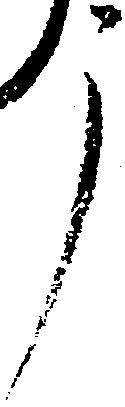
了